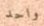
واحد